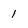
Character: 1